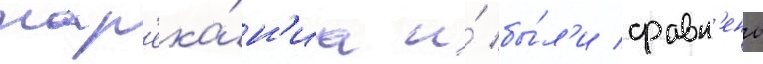
нар'ека́н'иа и́ бы́л'и сравн'ены